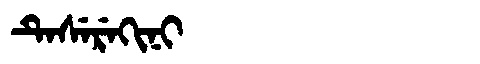
Manchu: ᡨᡝᠰᡝᡵᡝᡴᡳᠨᡳ
Romanization: TESEREKINI